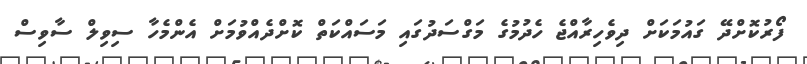
ފޯރުކޮށްދޭ ގައުމަކަށް ދިވެހިރާއްޖެ ހެދުމުގެ މަގްސަދުގައި މަސައްކަތް ކޮށްދެއްވުމަށް އެންމެހާ ސިވިލް ސާވިސް